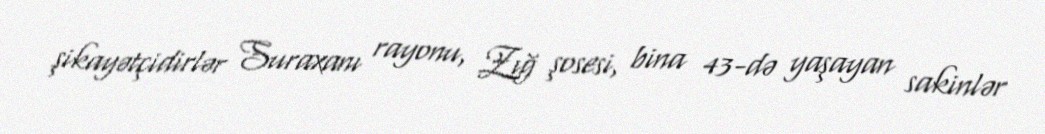
şikayətçidirlər Suraxanı rayonu, Zığ şosesi, bina 43-də yaşayan sakinlər